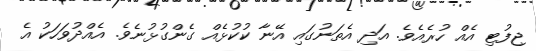
ޖިފުޓި އެއް ހުރެއެވެ. އަދި އެތަނުގައި އޭނާ ކުކުޅެއް ގެންގުޅުނެވެ. އެއްދުވަހަކު އެ